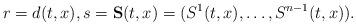
LaTeX: \begin{align*} r=d(t,x),s=\bold{S}(t,x)=(S^{1}(t,x),\ldots, S^{n-1}(t,x)).\end{align*}